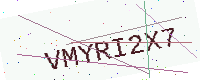
Text: VMYRI2X7